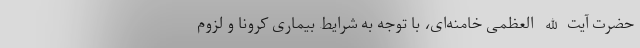
حضرت آیت الله العظمی خامنه‌ای، با توجه به شرایط بیماری کرونا و لزوم